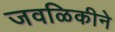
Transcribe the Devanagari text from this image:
जवळिकीने